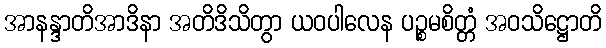
အာနန္ဒာတိအာဒိနာ အတိဒိသိတွာ ယဝပါလေန ပဉ္စမစိတ္တံ အဝသိဋ္ဌောတိ